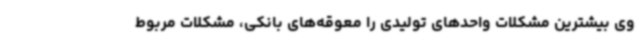
وی بیشترین مشکلات واحدهای تولیدی را معوقه‌های بانکی، مشکلات مربوط